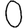
Digit: 0